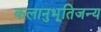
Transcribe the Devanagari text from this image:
कलानुभूतिजन्य